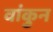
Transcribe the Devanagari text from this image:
वांकुन